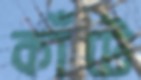
কাঁটে